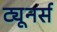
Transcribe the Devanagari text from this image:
ट्यूनर्स